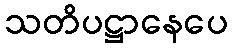
သတိပဋ္ဌာနေပေ